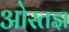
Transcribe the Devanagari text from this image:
ओस्तझ